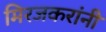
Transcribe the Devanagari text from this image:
मिरजकरांनी